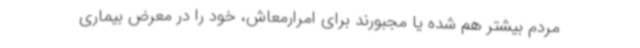
مردم بیشتر هم شده یا مجبورند برای امرارمعاش، خود را در معرض بیماری